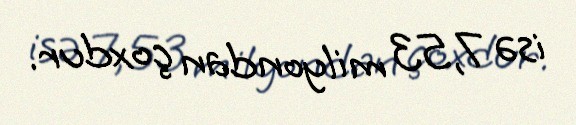
isə 7,53 milyondan çoxdur.